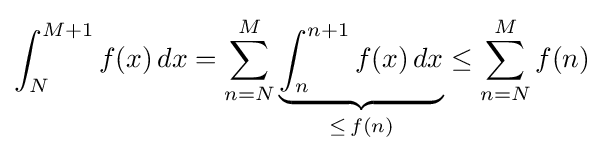
\int _{N}^{M+1}f(x)\,dx=\sum _{n=N}^{M}\underbrace {\int _{n}^{n+1}f(x)\,dx} _{\leq \,f(n)}\leq \sum _{n=N}^{M}f(n)